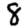
Digit: 8